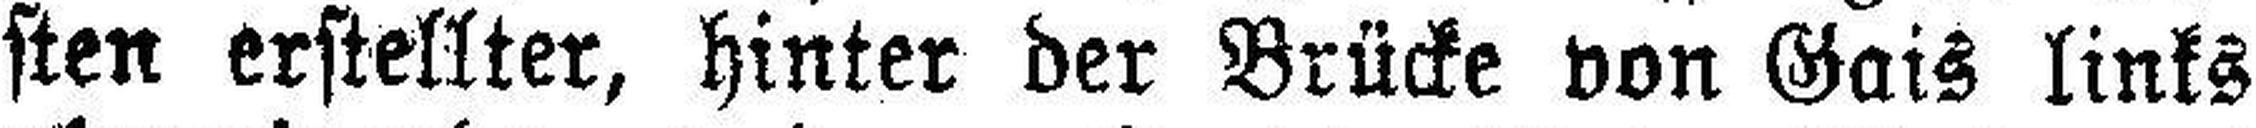
sten erstellter, hinter der Brücke von Gais links